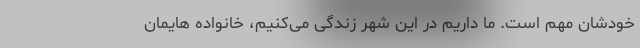
خودشان مهم است. ما داریم در این شهر زندگی می‌کنیم، خانواده هایمان